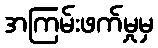
အကြမ်းဖက်မှုမှ